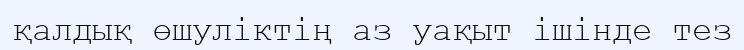
қалдық өшуліктің аз уақыт ішінде тез